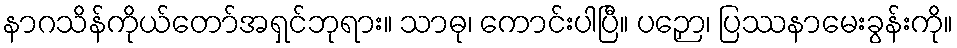
နာဂသိန်ကိုယ်တော်အရှင်ဘုရား။ သာဓု၊ ကောင်းပါပြီ။ ပဉှော၊ ပြဿနာမေးခွန်းကို။